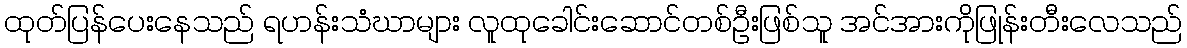
ထုတ်ပြန်ပေးနေသည် ရဟန်းသံဃာများ လူထုခေါင်းဆောင်တစ်ဦးဖြစ်သူ အင်အားကိုဖြုန်းတီးလေသည်